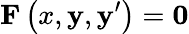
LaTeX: \mathbf{F}\left(x,\mathbf{y},\mathbf{y}^{\prime}\right)={\boldsymbol{0}}